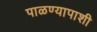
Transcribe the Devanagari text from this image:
पाळण्यापाशी